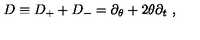
D \equiv D _ { + } + D _ { - } = \partial _ { \theta } + 2 \theta \partial _ { t } \ ,